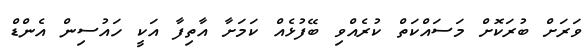
ވަރަށް ބުރަކޮށް މަސައްކަތް ކުރެއްވި ބޭފުޅެއް ކަމަށާ އާތިފާ އަކީ ހައުސިން އެންޑް